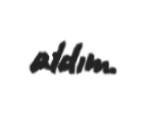
aldım.